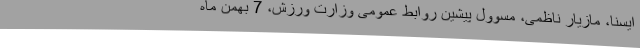
ایسنا، مازیار ناظمی، مسوول پیشین روابط عمومی وزارت ورزش، 7 بهمن ماه